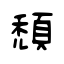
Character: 頹